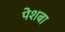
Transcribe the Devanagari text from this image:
पेशबा